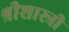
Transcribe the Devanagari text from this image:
श्रीशास्त्री